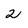
Character: 2